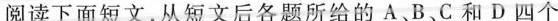
阅读下面短文,从短文后各题所给的 A B.C 和 D四个